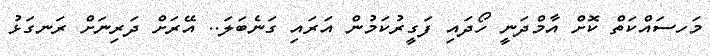
މަހސައްކަތް ކޮށް އާމްދަނީ ހޯދައި ފަގީރުކަމުން އަރައި ގަނެބަލަ.. އޭރަށް ދަރިނަށް ރަނގަޅު